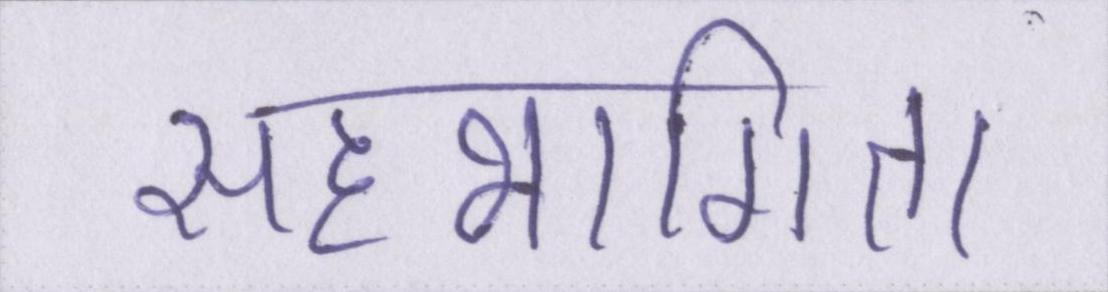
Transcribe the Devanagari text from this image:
सहभागिता